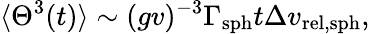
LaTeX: \langle\Theta^{3}(t)\rangle\sim(gv)^{-3}\Gamma_{\mathrm{sph}}t\Delta v_{\mathrm{rel,sph}},